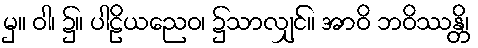
မှ။ ဝါ၊ ၌။ ပါဠိယညေဝ၊ ၌သာလျှင်။ အာဝိ ဘဝိဿန္တိ၊